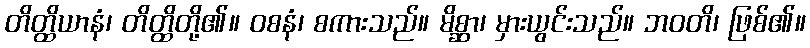
တိတ္ထိယာနံ၊ တိတ္ထိတို့၏။ ဝစနံ၊ စကားသည်။ မိစ္ဆာ၊ မှားယွင်းသည်။ ဘဝတိ၊ ဖြစ်၏။